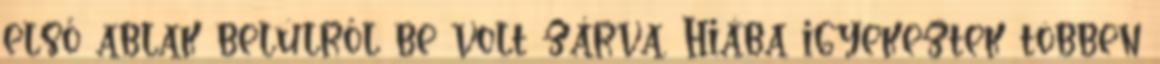
első ablak belülről be volt zárva. Hiába igyekeztek többen